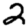
Digit: 2